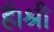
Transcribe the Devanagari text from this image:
हैं।श्री